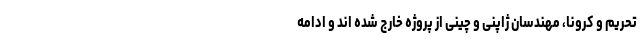
تحریم و کرونا، مهندسان ژاپنی و چینی از پروژه خارج شده اند و ادامه